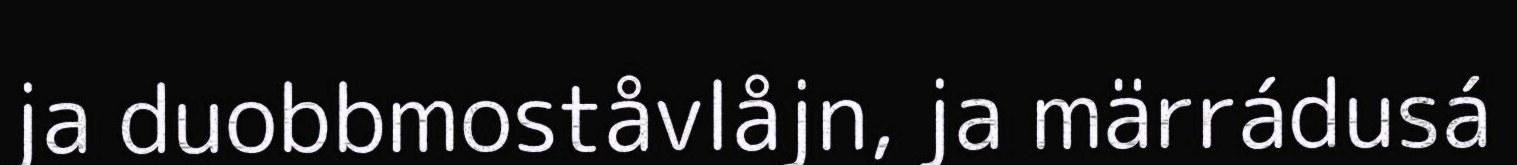
ja duobbmoståvlåjn, ja märrádusá